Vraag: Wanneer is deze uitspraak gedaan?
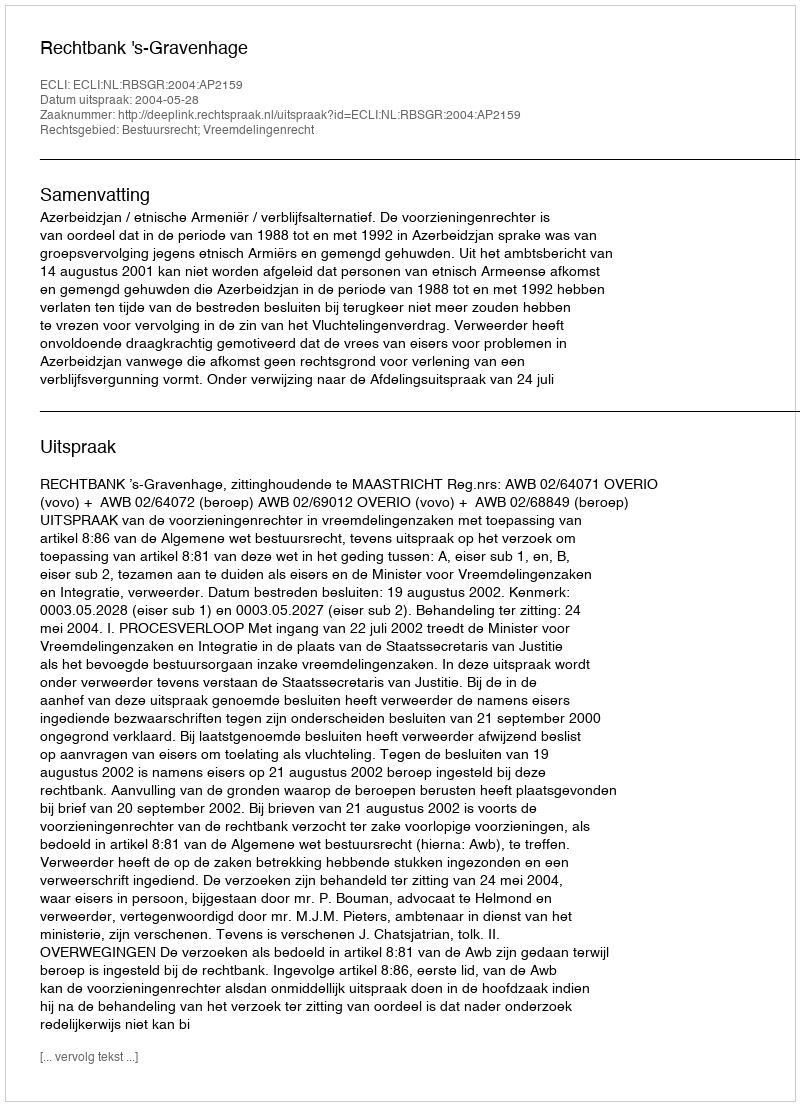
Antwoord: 2004-05-28